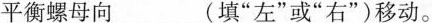
平衡螺母向___(填”左”或”右”)移动。